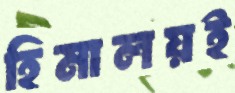
হিমালয়ই